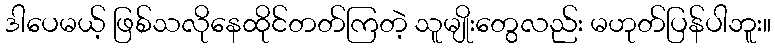
ဒါပေမယ့် ဖြစ်သလိုနေထိုင်တတ်ကြတဲ့ သူမျိုးတွေလည်း မဟုတ်ပြန်ပါဘူး။